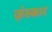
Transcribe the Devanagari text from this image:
ज़ंस्कार